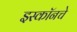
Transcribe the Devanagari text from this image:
इस्कॉनचे